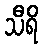
သီရိ